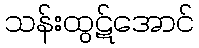
သန်းထွဋ်အောင်